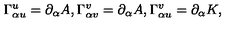
\Gamma _ { \alpha u } ^ { u } = \partial _ { \alpha } A , \Gamma _ { \alpha v } ^ { v } = \partial _ { \alpha } A , \Gamma _ { \alpha u } ^ { v } = \partial _ { \alpha } K ,